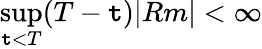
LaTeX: \operatorname*{sup}_{\mathtt{t}<T}(T-\mathtt{t})|Rm|<\infty